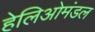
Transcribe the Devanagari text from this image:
हेलिओमंडल